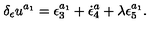
\delta _ { \epsilon } u ^ { a _ { 1 } } = \epsilon _ { 3 } ^ { a _ { 1 } } + \dot { \epsilon } _ { 4 } ^ { a } + \lambda \epsilon _ { 5 } ^ { a _ { 1 } } .